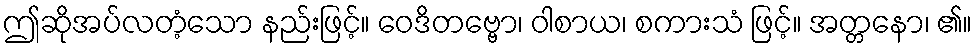
ဤဆိုအပ်လတံ့သော နည်းဖြင့်။ ဝေဒိတဗ္ဗော၊ ဝါစာယ၊ စကားသံ ဖြင့်။ အတ္တနော၊ ၏။